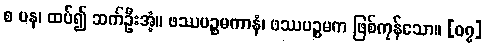
စ ပန၊ ထပ်၍ ဆက်ဦးအံ့။ ဖဿပဉ္စမကာနံ၊ ဖဿပဉ္စမက ဖြစ်ကုန်သော။ [၀၇]